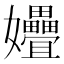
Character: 㜼